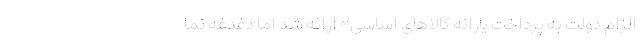
الزام دولت به پرداخت یارانه کالاهای اساسی» ارائه شد اما دغدغه نما